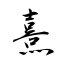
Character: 熹